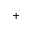
+